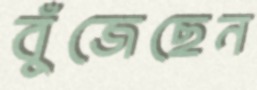
বুঁজেছেন